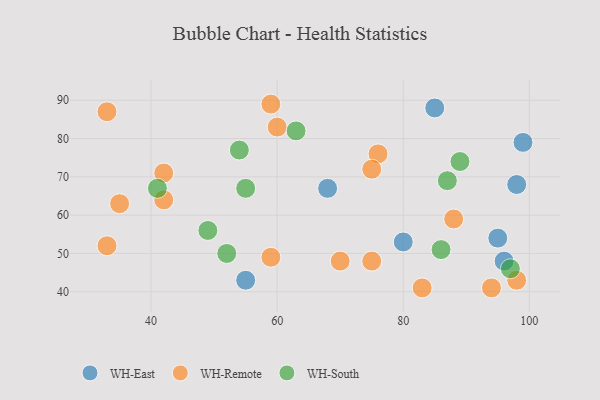
{"axis": {"x": "GDP", "y": "Life Expectancy"}, "legend": ["WH-East", "WH-Remote", "WH-South"], "data": [{"x": "85", "y": 88, "type": "WH-East"}, {"x": "68", "y": 67, "type": "WH-East"}, {"x": "95", "y": 54, "type": "WH-East"}, {"x": "96", "y": 48, "type": "WH-East"}, {"x": "55", "y": 43, "type": "WH-East"}, {"x": "80", "y": 53, "type": "WH-East"}, {"x": "98", "y": 68, "type": "WH-East"}, {"x": "99", "y": 79, "type": "WH-East"}, {"x": "42", "y": 71, "type": "WH-Remote"}, {"x": "59", "y": 49, "type": "WH-Remote"}, {"x": "42", "y": 64, "type": "WH-Remote"}, {"x": "35", "y": 63, "type": "WH-Remote"}, {"x": "75", "y": 48, "type": "WH-Remote"}, {"x": "33", "y": 52, "type": "WH-Remote"}, {"x": "88", "y": 59, "type": "WH-Remote"}, {"x": "83", "y": 41, "type": "WH-Remote"}, {"x": "94", "y": 41, "type": "WH-Remote"}, {"x": "60", "y": 83, "type": "WH-Remote"}, {"x": "59", "y": 89, "type": "WH-Remote"}, {"x": "33", "y": 87, "type": "WH-Remote"}, {"x": "98", "y": 43, "type": "WH-Remote"}, {"x": "70", "y": 48, "type": "WH-Remote"}, {"x": "76", "y": 76, "type": "WH-Remote"}, {"x": "75", "y": 72, "type": "WH-Remote"}, {"x": "89", "y": 74, "type": "WH-South"}, {"x": "54", "y": 77, "type": "WH-South"}, {"x": "86", "y": 51, "type": "WH-South"}, {"x": "63", "y": 82, "type": "WH-South"}, {"x": "52", "y": 50, "type": "WH-South"}, {"x": "87", "y": 69, "type": "WH-South"}, {"x": "97", "y": 46, "type": "WH-South"}, {"x": "55", "y": 67, "type": "WH-South"}, {"x": "49", "y": 56, "type": "WH-South"}, {"x": "41", "y": 67, "type": "WH-South"}]}